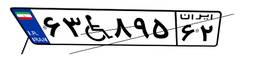
۶۳W۸۹۵۶۲